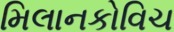
મિલાનકોવિચ